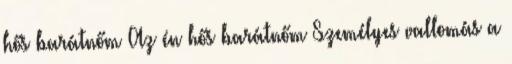
hős barátnőm Az én hős barátnőm Személyes vallomás a